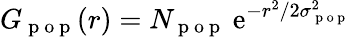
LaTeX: G_{\mathrm{~p~o~p~}}(r)=N_{\mathrm{~p~o~p~}}\: \mathrm{e}^{-r^{2}/2\sigma_{\mathrm{~p~o~p~}}^{2}}